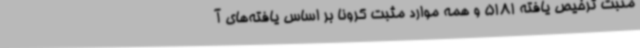
مثبت ترخیص ‌یافته 5181 و همه موارد مثبت کرونا بر اساس یافته‌های آ